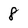
Character: 8